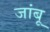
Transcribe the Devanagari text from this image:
जांबू